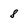
Character: 8